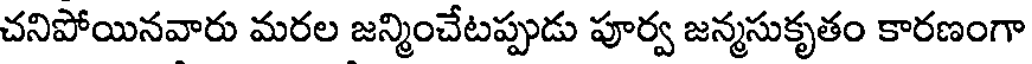
చనిపోయినవారు మరల జన్మించేటప్పుడు పూర్వ జన్మసుకృతం కారణంగా